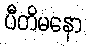
ပီတိမနော